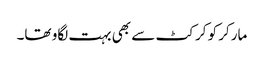
مارکر کو کرکٹ سے بھی بہت لگاو تھا۔